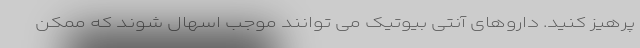
پرهیز کنید. داروهای آنتی بیوتیک می توانند موجب اسهال شوند که ممکن